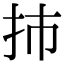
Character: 㧊